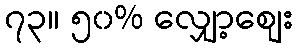
၇၃။ ၅၀% လျှော့စျေး